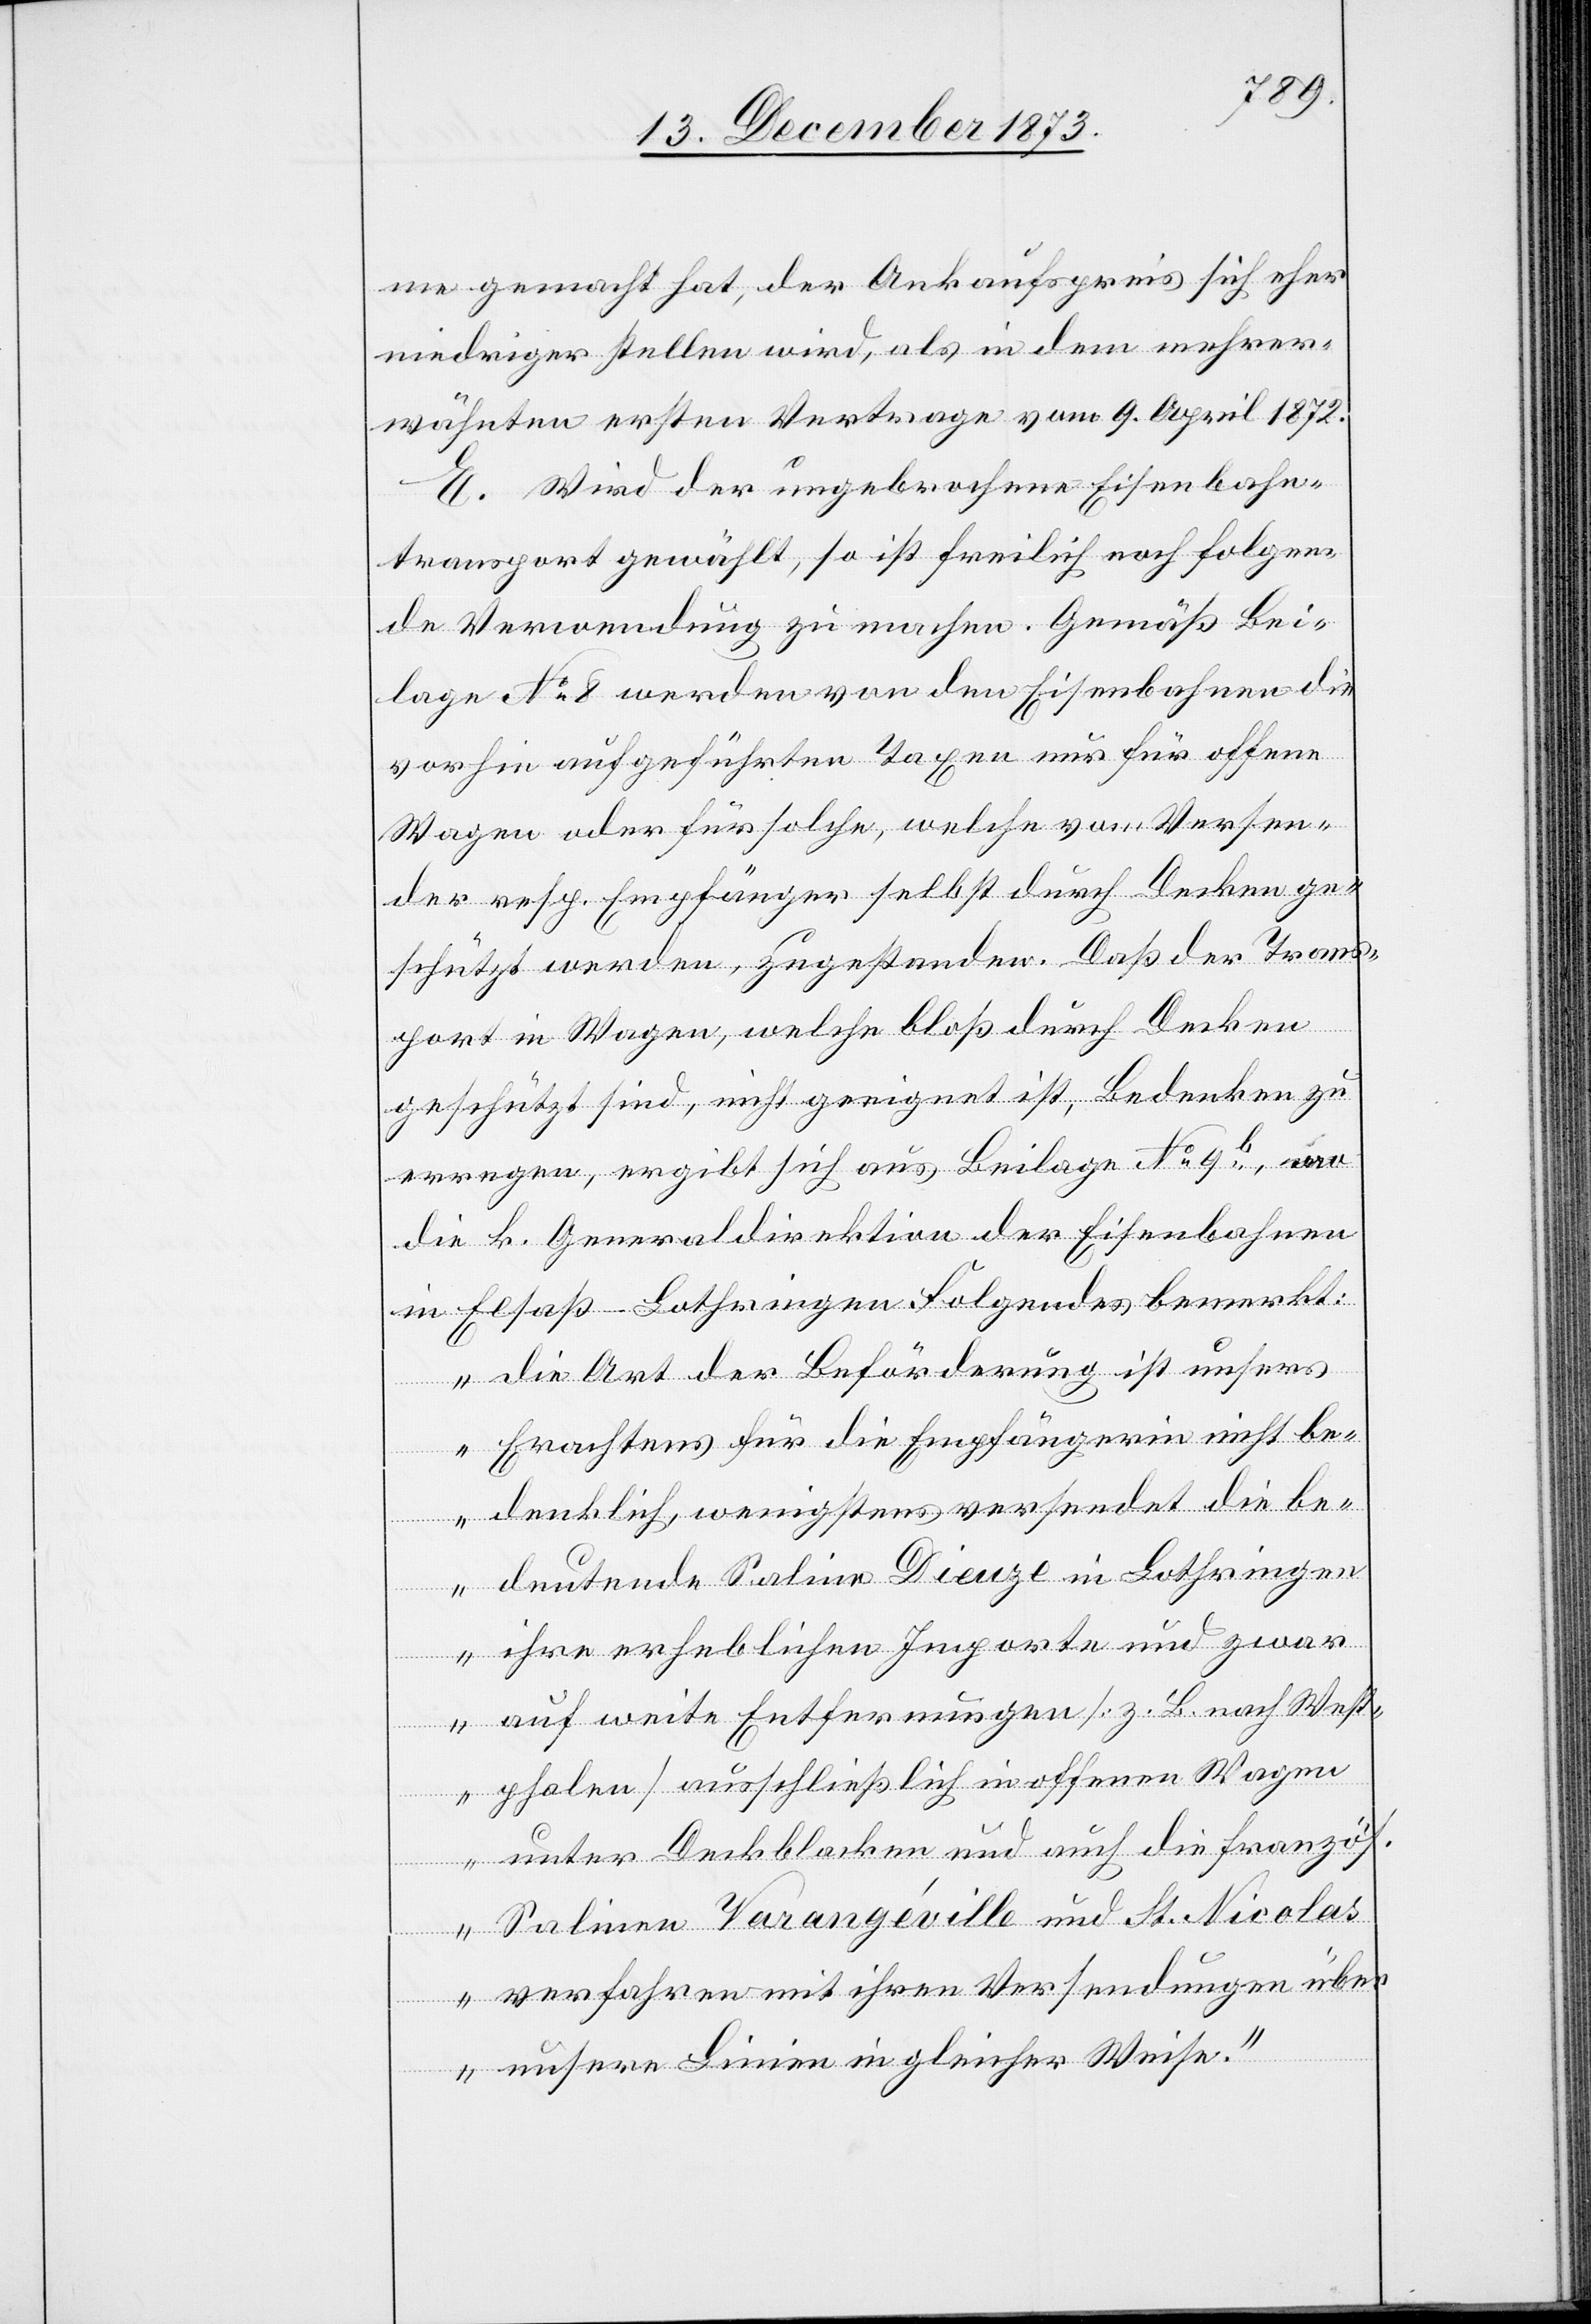
me gemacht hat, der Ankaufspreis sich eher
niedriger stellen wird, als in dem mehrer¬
wähnten ersten Vertrage vom 9. April 1872.
E. Wird der ungebrochene Eisenbahn¬
transport gewählt, so ist freilich noch folgen¬
de Verwendung zu machen. Gemäß Bei¬
lage No 8 werden von den Eisenbahnen die
vorhin aufgeführten Taxen nur für offene
Wagen oder für solche, welche vom Versen¬
der resp. Empfänger selbst durch Decken ge¬
schützt werden, zugestanden. Daß der Trans¬
port in Wagen, welche bloß durch Decken
geschützt sind, nicht geeignet ist, Bedenken zu
erregen, ergibt sich aus Beilage No 9b, wo
die k. Generaldirektion der Eisenbahnen
in Elsaß-Lothringen Folgendes bemerkt:
„Die Art der Beförderung ist unsers
Erachtens für die Empfängerin nicht be¬
denklich, wenigstens versendet die be¬
deutende Saline Dieuze in Lothringen
ihre erheblichen Importe und zwar
auf weite Entfernungen [z. B. nach West¬
phalen] ausschließlich in offenen Wagen
unter Deckblacken [sic!] und auch die französ.
Salinen Varangéville und St. Nicolas
verfahren mit ihren Versendungen übe¬
r unsere Linien in gleicher Weise.“